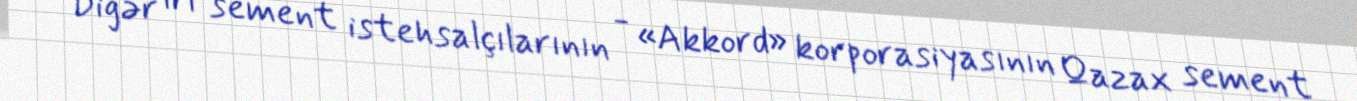
Digər iri sement istehsalçılarının - «Akkord» korporasiyasının Qazax sement